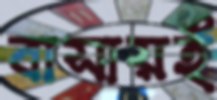
বাসায়ই